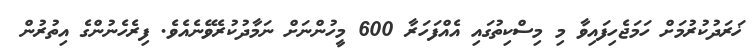
ޚަރަދުކުރުމަށް ހަމަޖެހިފައިވާ މި މިސްކިތުގައި އެއްފަހަރާ 600 މީހުންނަށް ނަމާދުުކުރެވޭނެއެވެ. ފިރެހެނުންގެ އިތުރުން